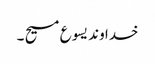
خدا وند یسو ع مسیح ۔